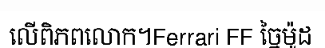
លើពិភពលោក។Ferrari FF ច្នៃម៉ូដ